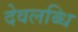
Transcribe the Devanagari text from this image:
देवलब्धि